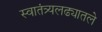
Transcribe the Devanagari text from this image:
स्वातंत्र्यलढ्यातले